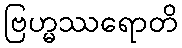
ဗြဟ္မဿရောတိ